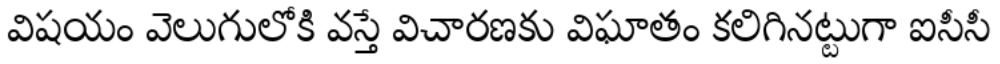
విషయం వెలుగులోకి వస్తే విచారణకు విఘాతం కలిగినట్టుగా ఐసీసీ